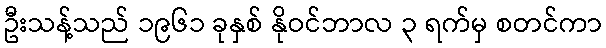
ဦးသန့်သည် ၁၉၆၁ ခုနှစ် နိုဝင်ဘာလ ၃ ရက်မှ စတင်ကာ